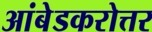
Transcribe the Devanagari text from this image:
आंबेडकरोत्तर